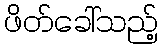
ဖိတ်ခေါ်သည့်